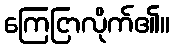
ကြေငြာလိုက်၏။